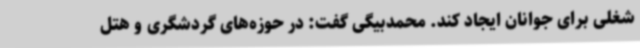
شغلی برای جوانان ایجاد کند. محمدبیگی گفت: در حوزه‌های گردشگری و هتل